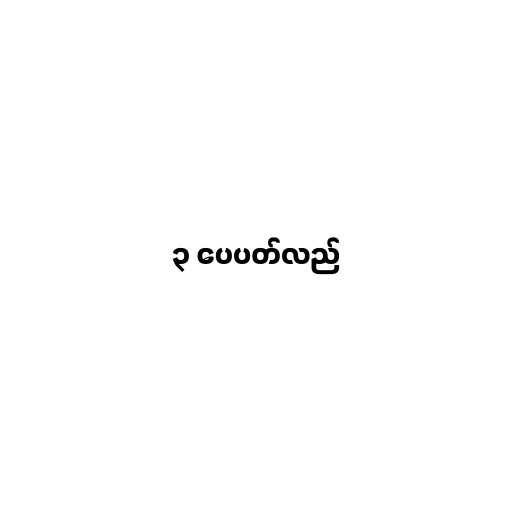
၃ ပေပတ်လည်